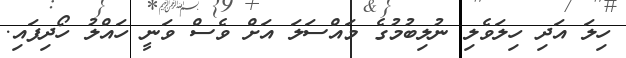
ހިލަ އަދި ހިލަވެލި ނުލިބުމުގެ މައްސަލަ އަށް ވެސް ވަނީ ހައްލު ހޯދިފައި.